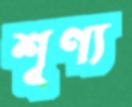
শূণ্য